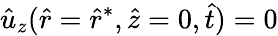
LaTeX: \hat{u}_{z}(\hat{r}=\hat{r}^{*},\hat{z}=0,\hat{t})=0